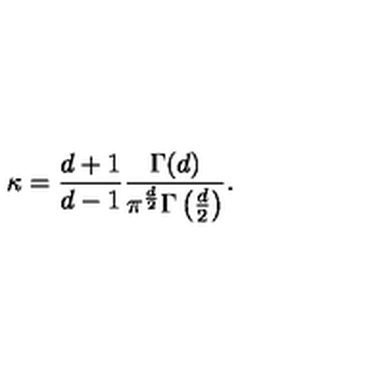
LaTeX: \kappa = \frac { d + 1 } { d - 1 } \frac { \Gamma ( d ) } { \pi ^ { \frac { d } 2 } \Gamma \left( \frac { d } 2 \right) } .